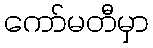
ကော်မတီမှာ